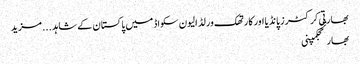
بھارتی کرکٹرز پانڈیا اور کارتھک ورلڈ الیون سکواڈ میں پاکستان کے شاہد ... مزید
بھارتحجکمپنی